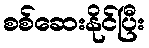
စစ်ဆေးနိုင်ပြီး